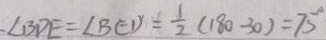
. \angle B D E = \angle B E D = \frac { 1 } { 2 } ( 1 8 0 - 3 0 ) = 7 5 ^ { \circ }